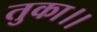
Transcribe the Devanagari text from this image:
तुका।।